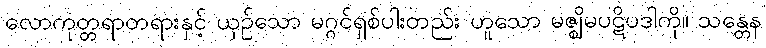
လောကုတ္တရာတရားနှင့် ယှဉ်သော မဂ္ဂင်ရှစ်ပါးတည်း ဟူသော မဇ္ဈိမပဋိပဒါကို။ သန္တေန